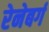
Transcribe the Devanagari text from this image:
रेनेबर्ग